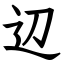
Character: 辺